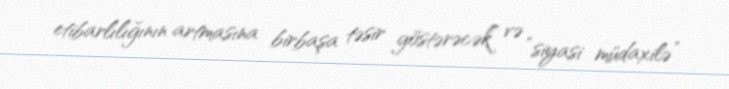
etibarlılığının artmasına birbaşa təsir göstərəcək” və “siyasi müdaxilə”